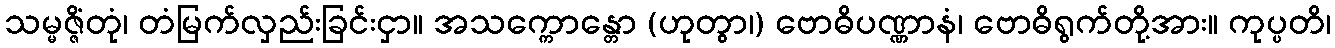
သမ္မဇ္ဇိံတုံ၊ တံမြက်လှည်းခြင်းငှာ။ အသက္ကောန္တော (ဟုတွာ၊) ဗောဓိပဏ္ဏာနံ၊ ဗောဓိရွက်တို့အား။ ကုပ္ပတိ၊